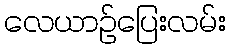
လေယာဉ်ပြေးလမ်း